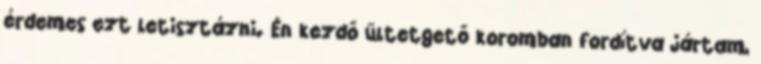
érdemes ezt letisztázni. Én kezdő ültetgető koromban fordítva jártam,